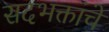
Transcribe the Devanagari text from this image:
सदभक्तांचे